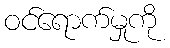
ဝင်ရောက်မှုကို